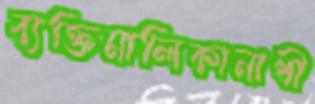
ব্যক্তিমালিকানাধী